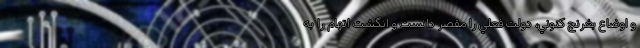
و اوضاع بغرنج كنوني، دولت فعلي را مقصر دانست و انگشت اتهام را به